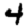
Digit: 4